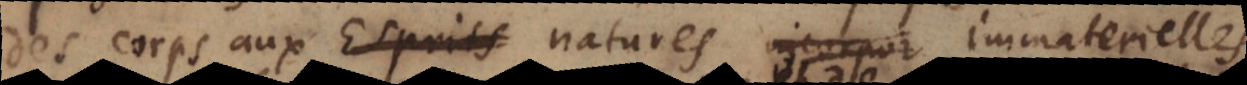
des corps aux Esprits natures incorpor immaterielles